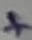
Text: +